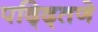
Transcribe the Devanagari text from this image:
पद्द्तिणे